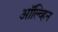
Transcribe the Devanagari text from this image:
ऑल्व्हिन